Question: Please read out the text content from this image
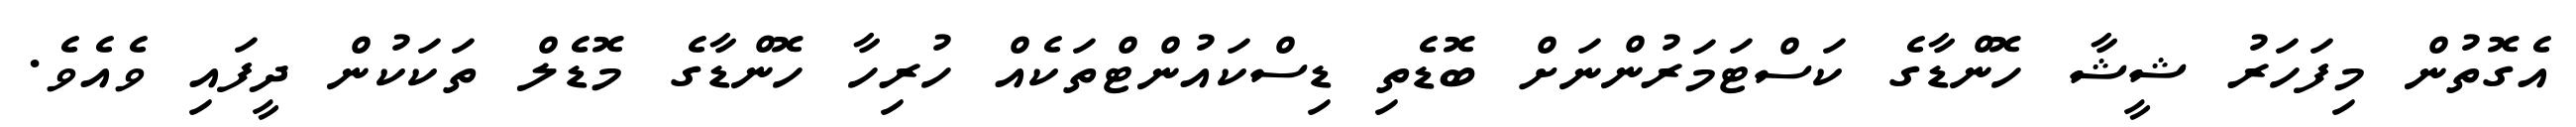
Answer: އެގޮތުން މިފަހަރު ޝީޝާ ހޮންޑާގެ ކަސްޓަމަރުންނަށް ބޮޑެތި ޑިސްކައުންޓްތަކެއް ހުރިހާ ހޮންޑާގެ މޮޑެލް ތަކަކުން ދީފައި ވެއެވެ.